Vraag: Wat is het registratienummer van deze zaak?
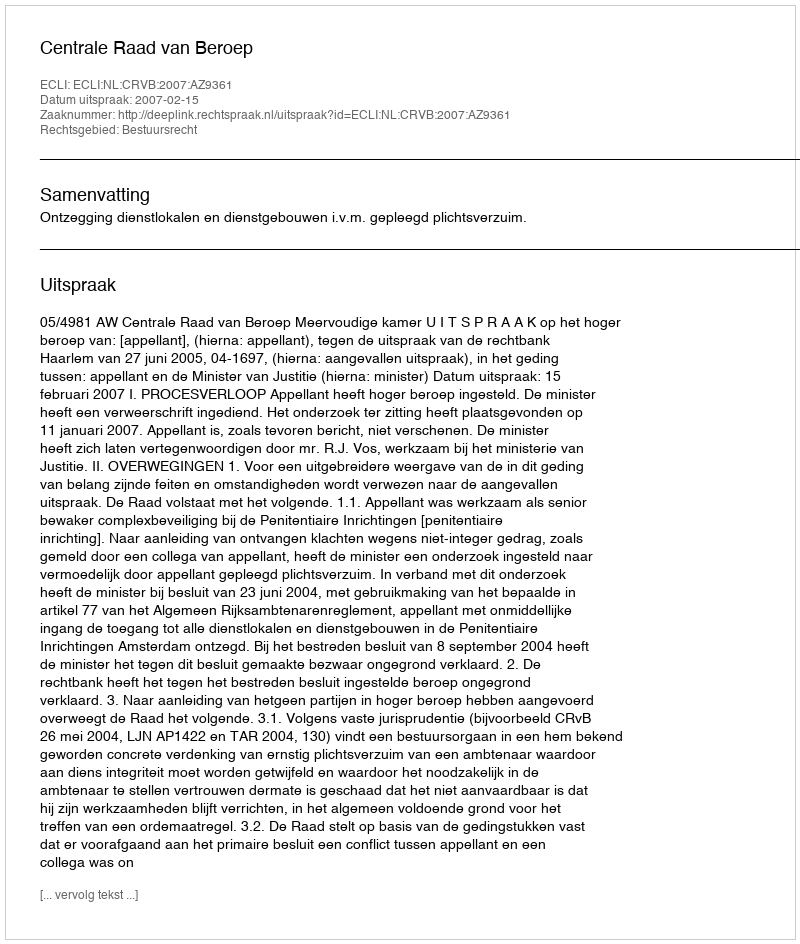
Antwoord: http://deeplink.rechtspraak.nl/uitspraak?id=ECLI:NL:CRVB:2007:AZ9361